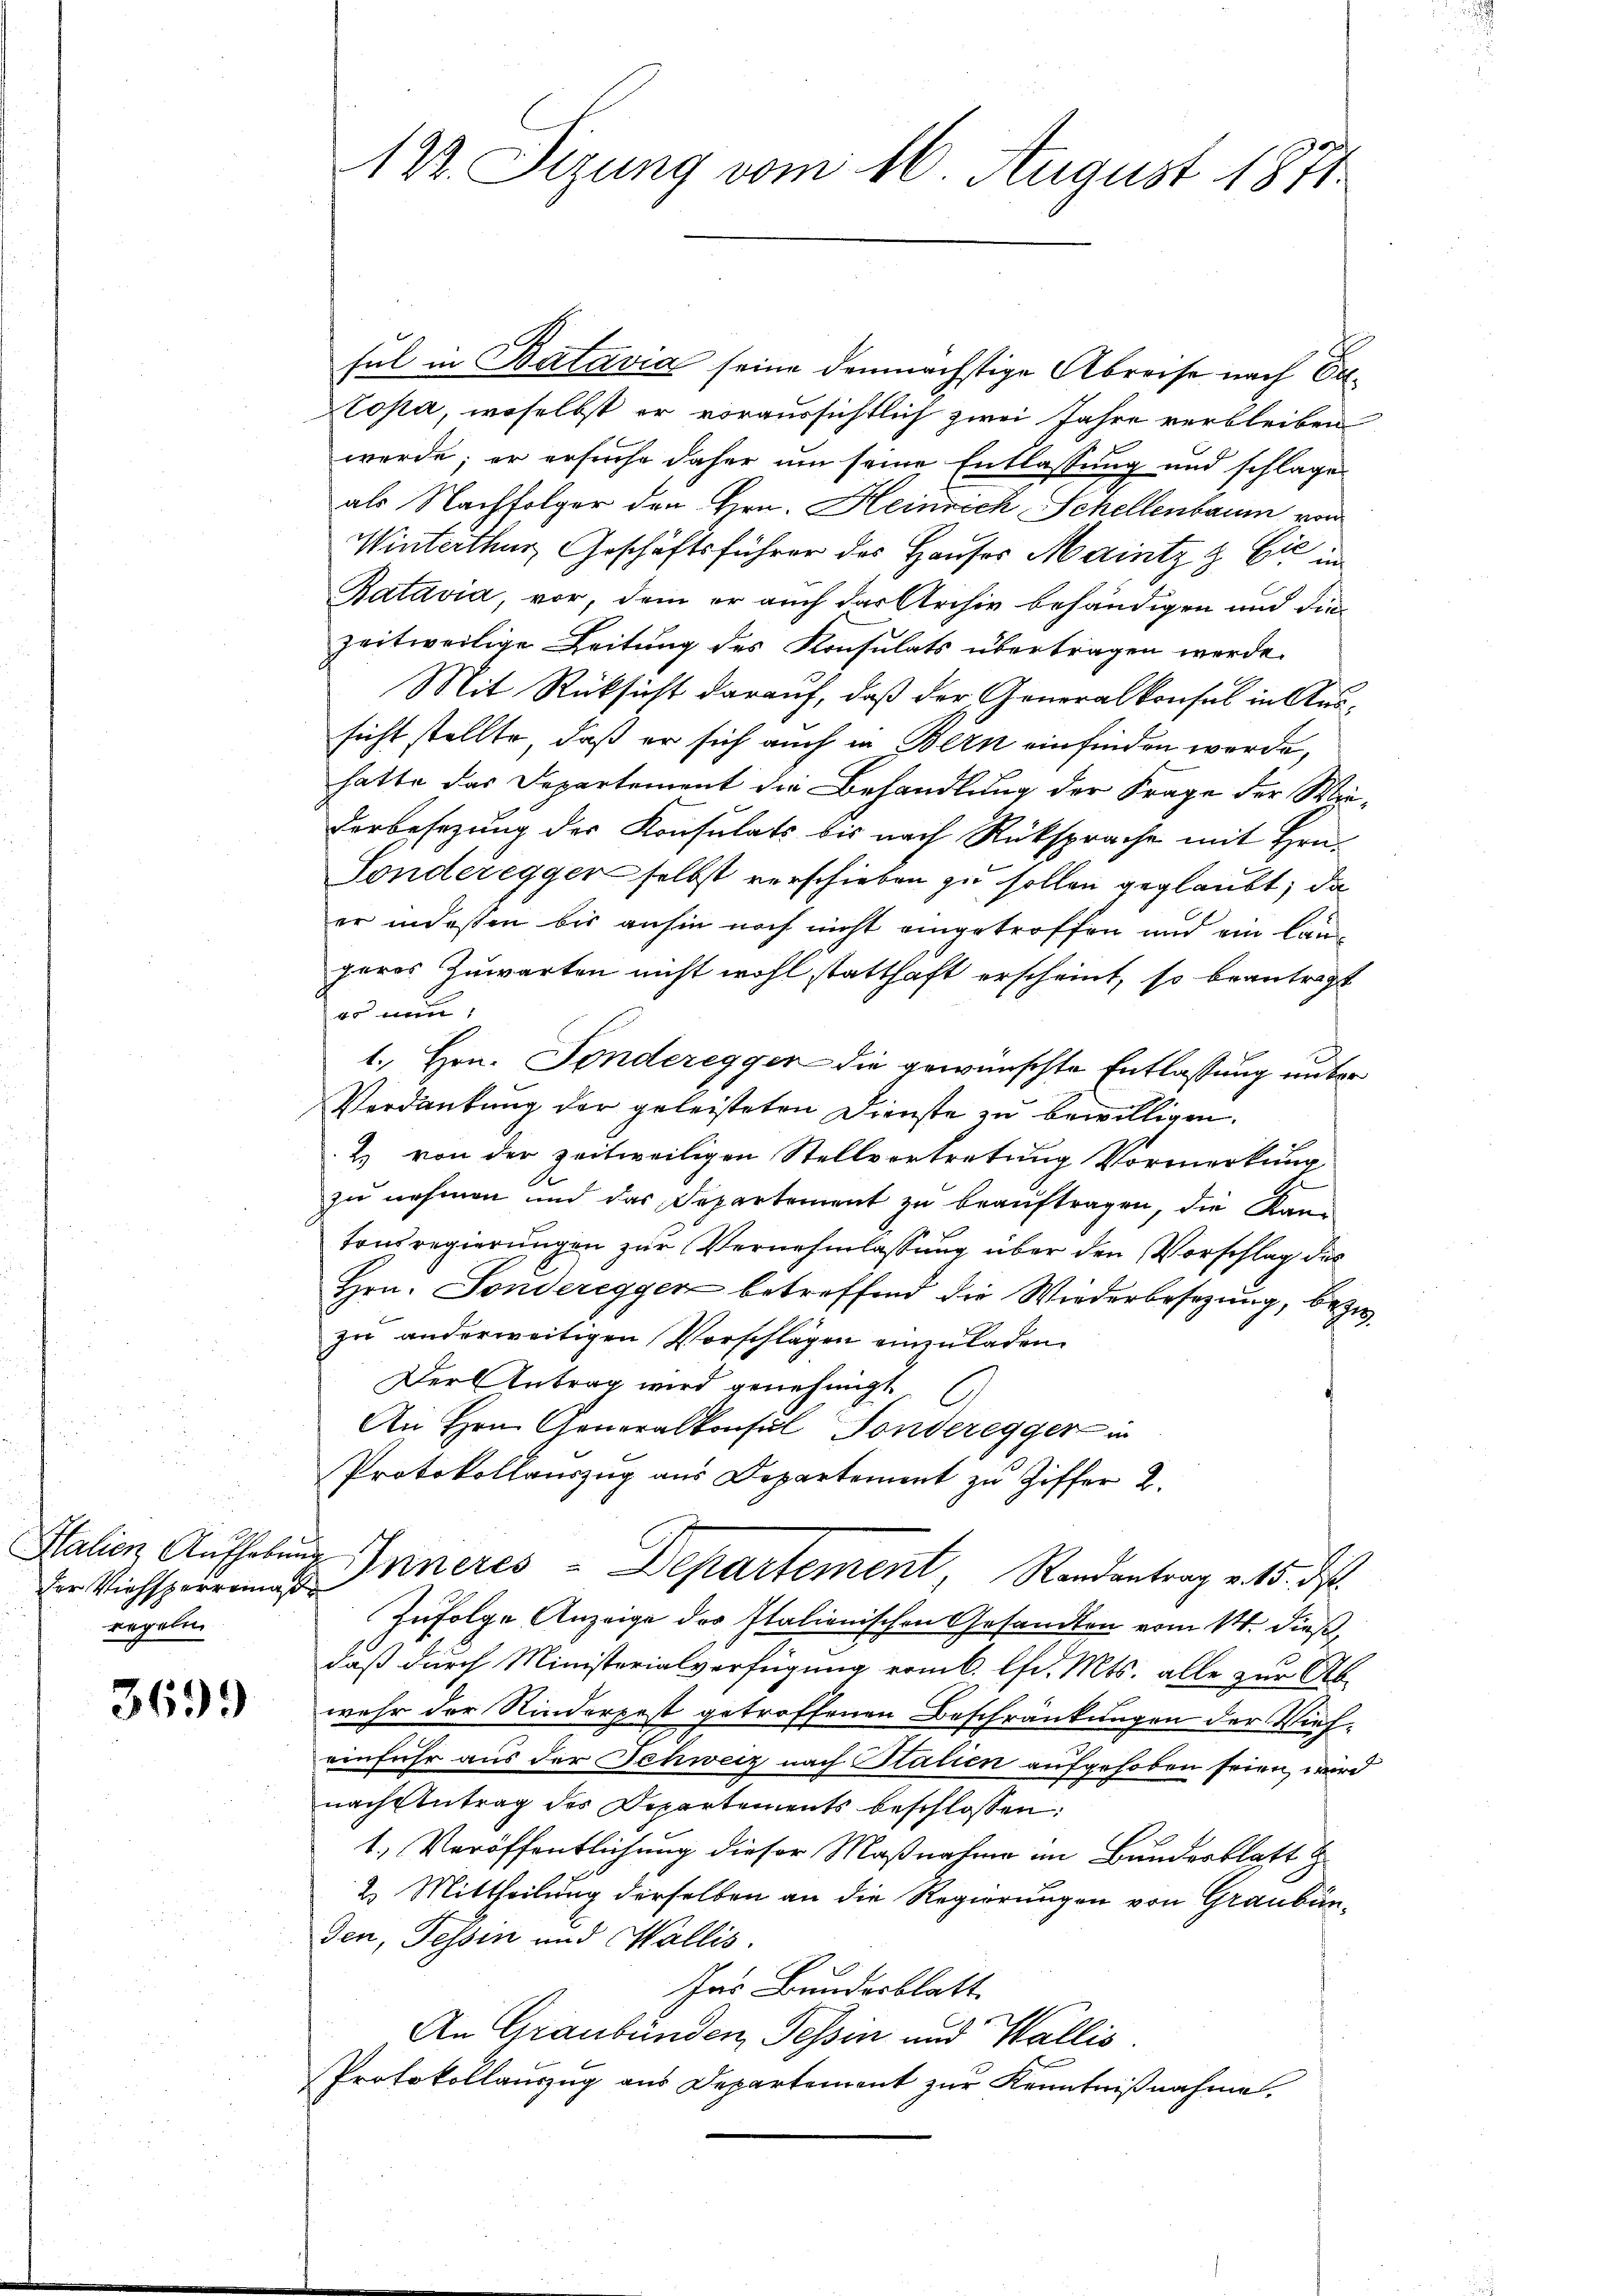
Italien Aufheben
der Viehsperrena
regeln

3699)

12. Sizung vom 16. August 1871

sul in Batavia seine demnächstige Abreise nach Er¬
Copa, woselbst er voraussichtlich zwei Jahre verbleiben
werde; er ersuche daher um seine Entlassung und schlage
als Nachfolger den Hrn. Heinrich Schellenbaum von
e
Winterthur, Geschäftsführer des Hauser Maintz & Cie im
Ratavia, vor, dem er auch das Archiv behändigen und die
zeitweilige Leitung des Konsulats übertragen werde.
Mit Rücksicht darauf, daß der Generalkonsul in Aussicht stellte, daß er sich auch in Bern einfinden werde,
hatte das Departement die Behandlung der Frage der Wie-
derbesezung der Konsulats bis nach Rücksprache mit Hrn.
Tonderegger selbst verschieben zu sollen geglaubt, da
er indessen bis anhin noch nicht eingetroffen und ein längeres Zuwarten nicht wohl statthaft erscheint, so beantragt

1., Hrn. Fonderegger die gewünschte Entlassung unter
Verdankung der geleisteten Dienste zu bewilligen.
2. von der zeitweiligen Stellvertretung Vormerkung
zu nehmen und das Departement zu beaŭftragen, die Kantonsregierungen zur Vernehmlassung über den Vorschlag des
Hrn. Sonderegger betreffend die Wiederbesezung, bezw.
zu anderweitigen Vorschlägen einzuladen.
Der Antrag wird genehmigt
1
An Hrn. Generalkonsul Sonderegger in
Protokollauszug aus Departement zu Ziffer 2.
 Inneres - Departement, Randantrag v. 15. ds.
Zufolge Anzeige der Italionischen Gesandten vom 14. dieß,
daß durch Ministerialverfügung vom 6. lfd. Mts. alle zur Abwehr der Niederpost getroffenen Beschränkungen der Vieheinfuhr aus der Schweiz nach Statien aufgehoben seien, wird
nach Antrag des Departements beschlossen:
1. Veröffentlichung dieser Maßnahme im Bundesblatt &
2. Mittheilung derselben an die Regierungen von Graubünden, Tessin und Wallis.
Das Bundesblatt.
An Graubünden Tessin und Wallis.
Protokollauszug aus Departement zŭr Kenntniβnahme.